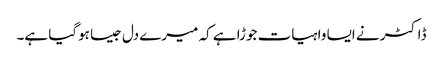
ڈاکٹر نے ایسا واہیات جوڑا ہے کہ میرے دل جیسا ہوگیا ہے۔